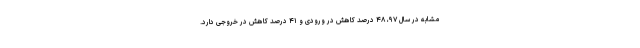
مشابه در سال ۹۷، ۴۸ درصد کاهش در ورودی و ۴۱ درصد کاهش در خروجی دارد.